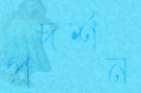
প্রদর্শন